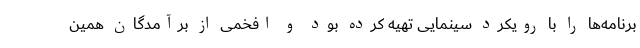
برنامه‌ها را با رویکرد سینمایی تهیه کرده بود و افخمی از برآمدگان همین